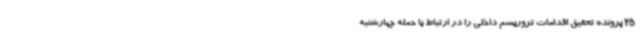
25 پرونده تحقیق اقدامات تروریسم داخلی را در ارتباط با حمله چهارشنبه